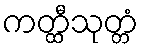
ကတ္ထီသုတ္တံ